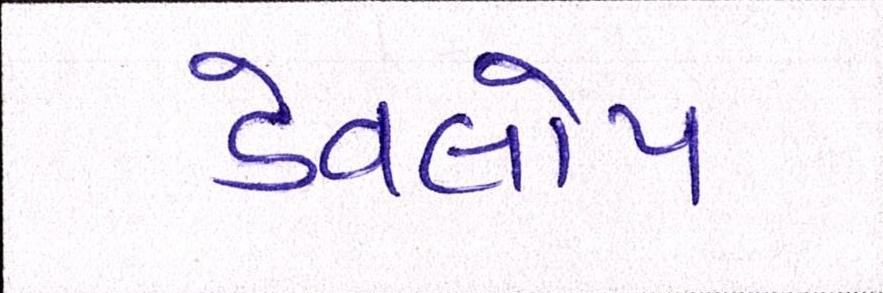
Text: ડેવલોપ